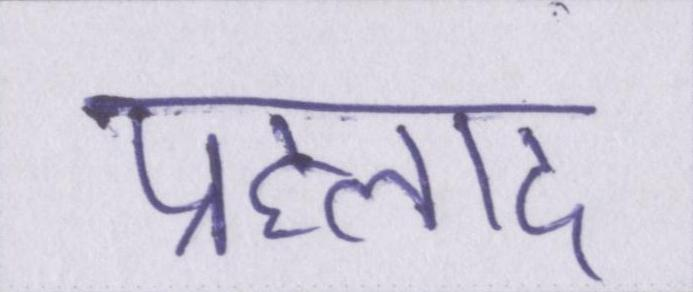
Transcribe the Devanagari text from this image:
प्रह्लाद